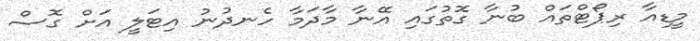
މީޑިއާ ރިޕޯޓްތައް ބުނާ ގޮތުގައި އޭނާ މާދަމާ ހެނދުނު އިޓަލީ އަށް ގޮސް